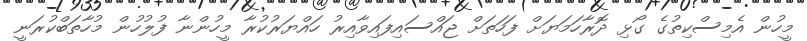
މީހުން އެމިސްކިތުގެ ގޯޅި ދޮރާހަމަޔަށް ފަހަތަށް ޖައްސައިފައިވާއިރު ހައްޔަރުކުރާ މީހުންނާ ފުލުހުން މުހާތަބްކުރަނީ